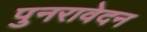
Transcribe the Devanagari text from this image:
पुनरावेदन